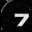
Digit: 7